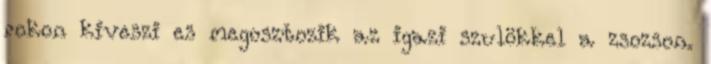
rokon kiveszi es megosztozik az igazi szulökkel a zsozson.